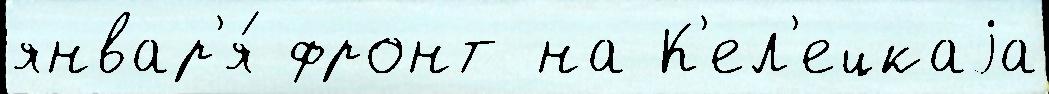
январ'я́ фронт на К'ел'ецкаjа